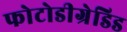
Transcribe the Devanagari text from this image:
फोटोडीग्रेडिड